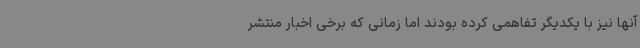
آنها نیز با یکدیگر تفاهمی کرده بودند اما زمانی که برخی اخبار منتشر